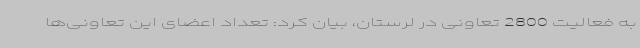
به فعالیت 2800 تعاونی در لرستان، بیان کرد: تعداد اعضای این تعاونی‌ها